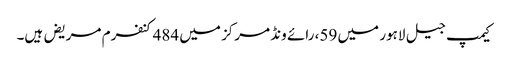
کیمپ جیل لاہور میں 59، رائے ونڈ مرکز میں 484کنفرم مریض ہیں۔